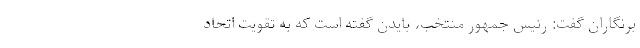
برنگاران گفت: رئیس جمهور منتخب، بایدن گفته است که به تقویت اتحاد